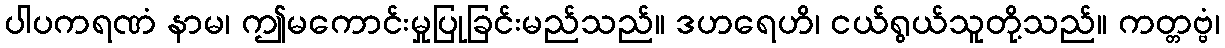
ပါပကရဏံ နာမ၊ ဤမကောင်းမှုပြုခြင်းမည်သည်။ ဒဟရေဟိ၊ ငယ်ရွယ်သူတို့သည်။ ကတ္တဗ္ဗံ၊